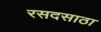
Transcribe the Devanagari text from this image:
रसदसाठा